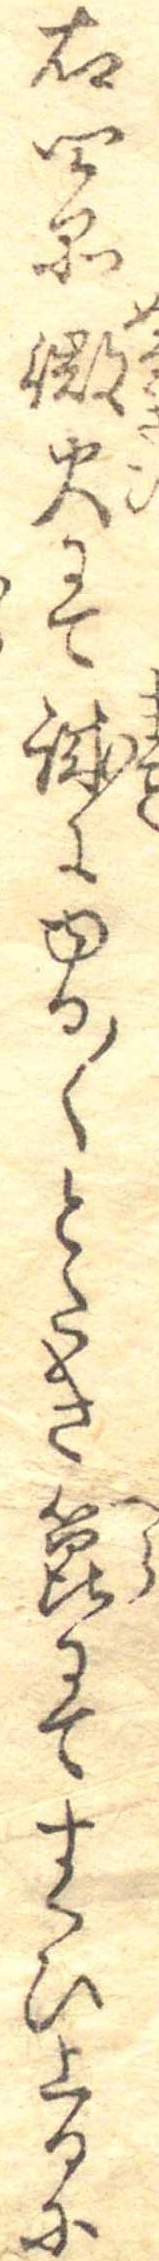
右四品微火にて誠にゆる〱とたき箆にてすくひ上るに